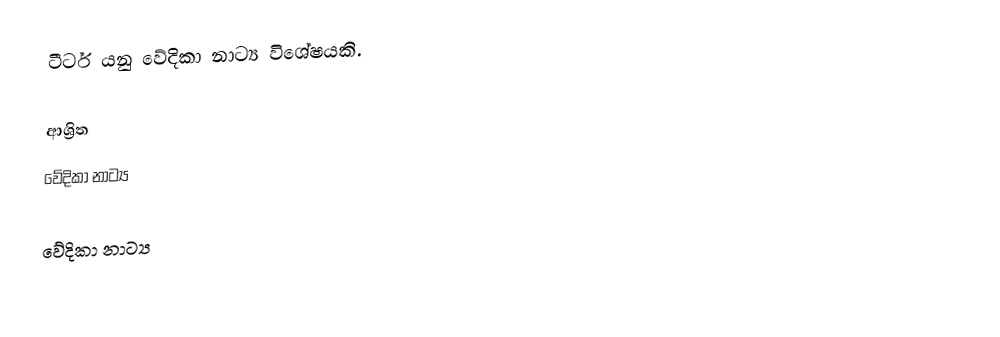
ටීටර් යනු වේදිකා නාට්‍ය විශේෂයකි.

ආශ්‍රිත
 වේදිකා නාට්‍ය

වේදිකා නාට්‍ය